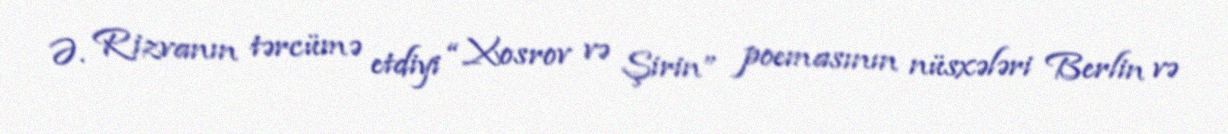
Ə. Rizvanın tərcümə etdiyi “Xosrov və Şirin” poemasının nüsxələri Berlin və